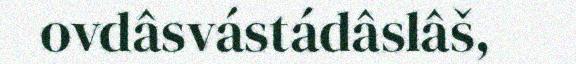
ovdâsvástádâslâš,